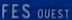
FES OUEST